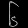
Digit: ၆